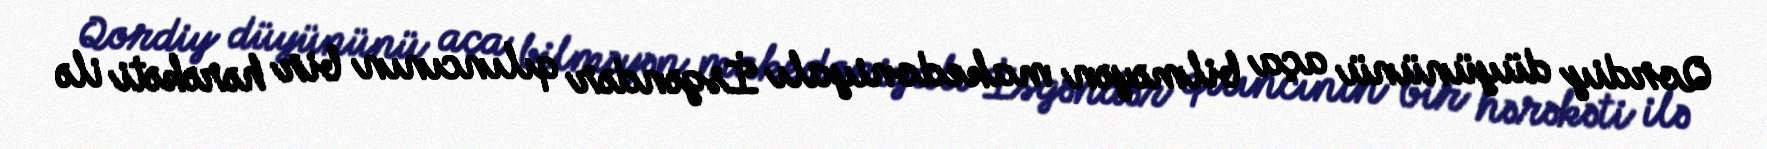
Qordiy düyününü aça bilməyən makedoniyalı İsgəndər qılıncının bir hərəkəti ilə